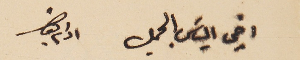
اخي الياسَ الجميل ادام بقاك